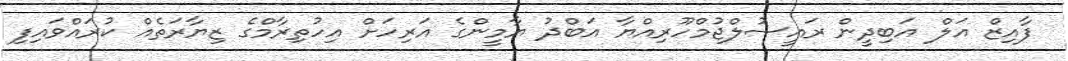
ފާއިޒް އަލް އަބިދީން ރައީސުލްޖުމްހޫރިއްޔާ އަބްދު ޔާމީންގެ އަރިހަށް އިހުތިރާމްގެ ޒިޔާރަތެއް ކުރައްވައިފި